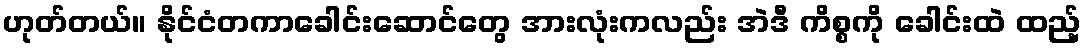
ဟုတ်တယ်။ နိုင်ငံတကာခေါင်းဆောင်တွေ အားလုံးကလည်း အဲဒီ ကိစ္စကို ခေါင်းထဲ ထည့်